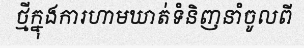
ថ្មីក្នុងការហាមឃាត់ទំនិញនាំចូលពី